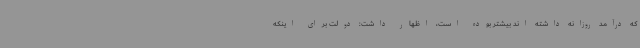
که درآمد روزانه داشته اند بیشتر بوده است، اظهار داشت: دولت برای اینکه